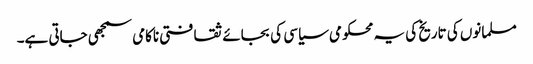
مسلمانوں کی تاریخ کی یہ محکومی سیاسی کی بجائے ثقافتی ناکامی سمجھی جاتی ہے۔